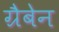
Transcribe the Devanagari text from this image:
ग्रैबेन